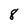
Character: 8